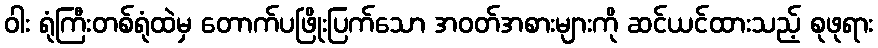
ဝါး ရုံကြီးတစ်ရုံထဲမှ တောက်ပဖြိုးပြက်သော အဝတ်အစားများကို ဆင်ယင်ထားသည့် စုဖုရား